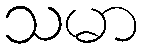
သမာ